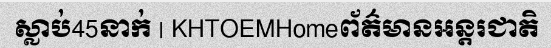
ស្លាប់45នាក់ | KHTOEMHomeព័ត៌មានអន្តរជាតិ